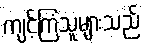
ကျင့်ကြံသူများသည်